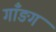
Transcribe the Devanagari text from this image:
गाँङग